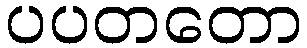
ပပတတော